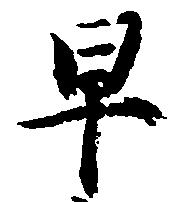
早